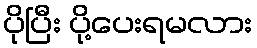
ပိုပြီး ပို့ပေးရမလား